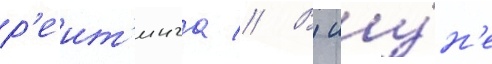
р'еит'инга // В иу́н'е